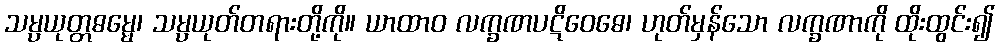
သမ္ပယုတ္တဓမ္မေ၊ သမ္ပယုတ်တရားတို့ကို။ ယာထာဝ လက္ခဏပဋိဝေဓေ၊ ဟုတ်မှန်သော လက္ခဏာကို ထိုးထွင်း၍